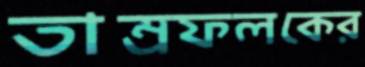
তাম্রফলকের